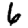
Digit: 6